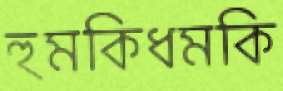
হুমকিধমকি